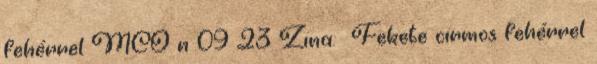
fehérrel MCO n 09 23 Zina: ♀Fekete cirmos fehérrel